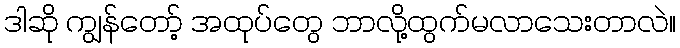
ဒါဆို ကျွန်တော့် အထုပ်တွေ ဘာလို့ထွက်မလာသေးတာလဲ။